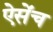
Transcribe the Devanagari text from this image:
ऐसेंच